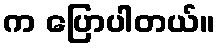
က ပြောပါတယ်။